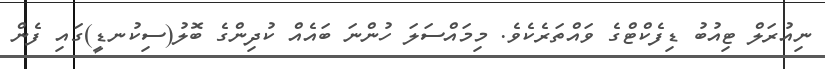
ނިއުރަލް ޓިއުބު ޑިފެކްޓްގެ ވައްތަރެކެވެ. މިމައްސަލަ ހުންނަ ބައެއް ކުދިންގެ ބޮލު(ސިކުނޑީ)ގައި ފެން